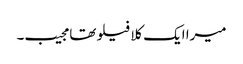
میرا ایک کلا فیلو تھا مجیب۔